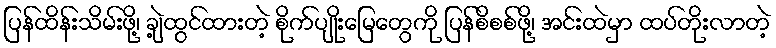
ပြန်ထိန်းသိမ်းဖို့၊ ချဲ့ထွင်ထားတဲ့ စိုက်ပျိုးမြေတွေကို ပြန်စိစစ်ဖို့၊ အင်းထဲမှာ ထပ်တိုးလာတဲ့